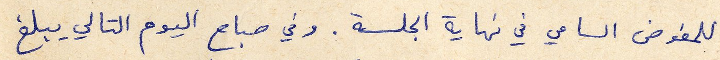
للمفوض السامي في نهاية الجلسة. وفي صباح اليوم التالي يبلغ